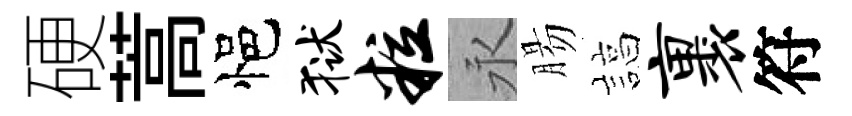
硬蒿悒狱粒永腸諄裹符